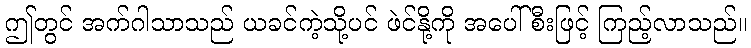
ဤတွင် အက်ဂါသာသည် ယခင်ကဲ့သို့ပင် ဖဲင်နို့ကို အပေါ်စီးဖြင့် ကြည့်လာသည်။